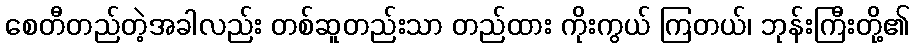
စေတီတည်တဲ့အခါလည်း တစ်ဆူတည်းသာ တည်ထား ကိုးကွယ် ကြတယ်၊ ဘုန်းကြီးတို့၏